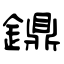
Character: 鐤